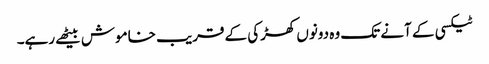
ٹیکسی کے آنے تک وہ دونوں کھڑکی کے قریب خاموش بیٹھے رہے۔